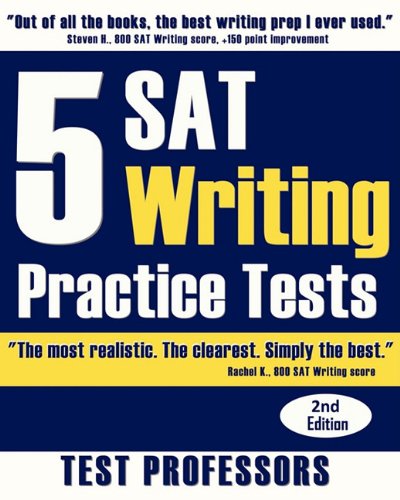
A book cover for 5 SAT Writing Practice Tests; Paul G. IV Simpson; Test Preparation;